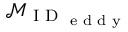
\mathcal { M } _ { \textrm { I D } _ { \textrm { e d d y } } }